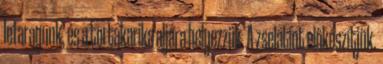
lefaragunk, és a tortakarika aljára helyezzük. A zselatint előkészítjük.